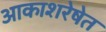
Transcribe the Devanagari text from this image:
आकाशरेषेत